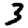
Digit: 3